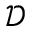
\boldsymbol { { \mathcal { D } } }